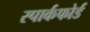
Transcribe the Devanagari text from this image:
स्पार्कफोर्ड